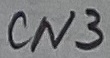
Text: CN3